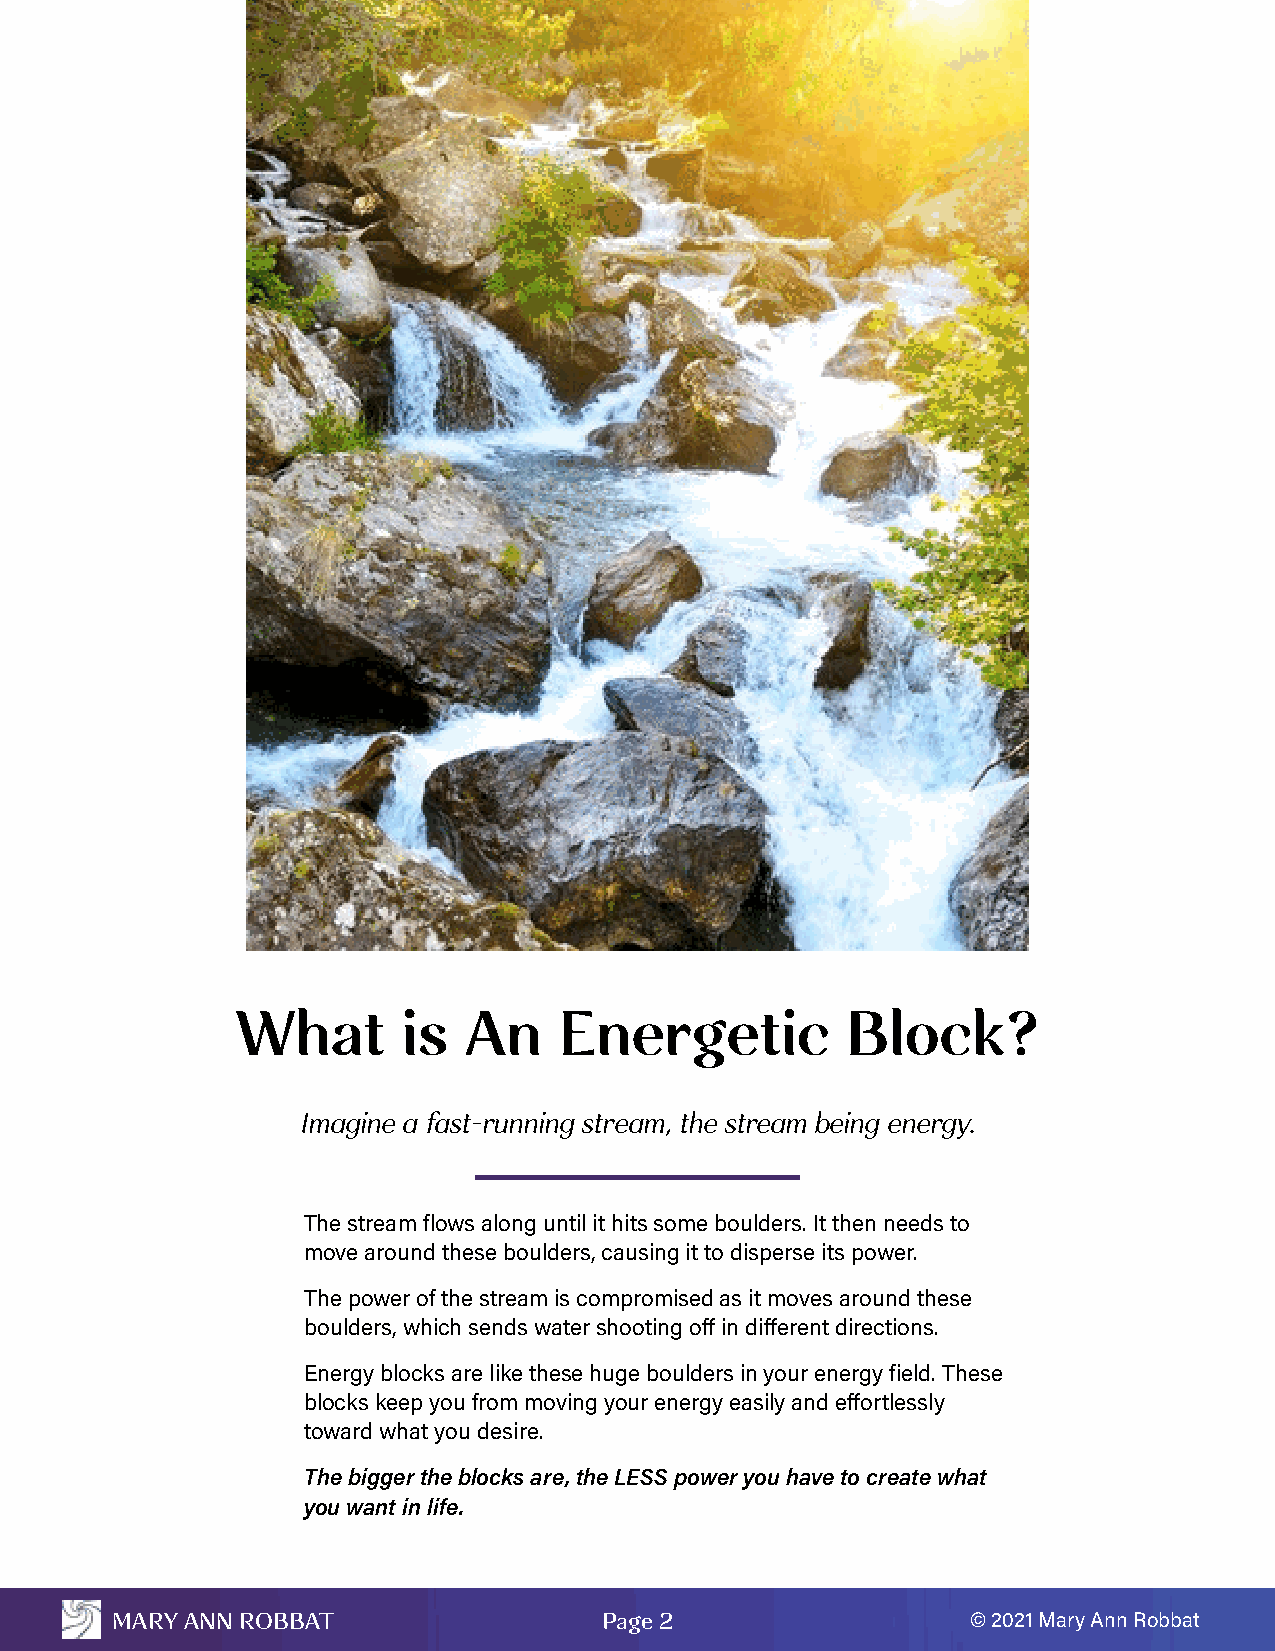
What       is  An    Energetic          Block?
 Imagine a fast-running stream, the stream being energy.
 The stream flows along until it hits some boulders. It then needs to
 move around these boulders, causing it to disperse its power.
 The power of the stream is compromised as it moves around these
 boulders, which sends water shooting off in different directions.
 Energy blocks are like these huge boulders in your energy field. These
 blocks keep you from moving your energy easily and effortlessly
 toward what you desire.
 The bigger the blocks are, the LESS power you have to create what
 you want in life.
 MARY ANN ROBBAT                  Page 2                  © 2021 Mary Ann Robbat